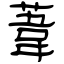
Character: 葦